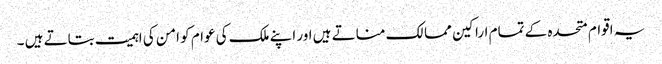
یہ اقوام متحدہ کے تمام اراکین ممالک مناتے ہیں اور اپنے ملک کی عوام کو امن کی اہمیت بتاتے ہیں ۔